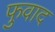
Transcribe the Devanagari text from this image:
फुवाद